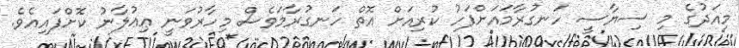
މިއަދުގެ މި ސިޔާސީ ހަނގުރާމައަށްފަހު ކުރިއަށް އޮތް ހަނގުރާމަވެސް މިހާރުވަނީ ޢިޢުލާނު ކޮށްފައިއެވެ.